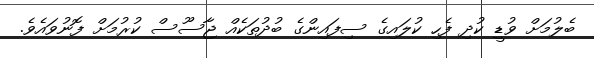
ބެލުމަށް ވުޑީ ކުދި ފެހި ކުލައިގެ ސިފައިންގެ ބުދުތަކެއް ޖާސޫސް ކުރުމަށް ފޮނުވައެވެ.